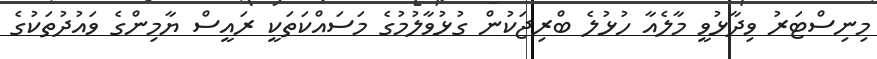
މިނިސްޓަރު ވިދާޅުވީ މާލެއާ ހުޅުލެ ބްރިޖަކުން ގުޅުވާލުމުގެ މަސައްކަތަކީ ރައީސް ޔާމިންގެ ވައުދުތަކުގެ